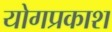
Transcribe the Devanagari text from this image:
योगप्रकाश